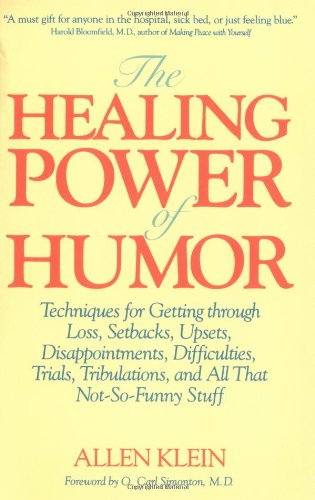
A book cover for The Healing Power of Humor; Allen Klein; Humor & Entertainment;